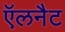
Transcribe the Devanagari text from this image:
ऍलनैट